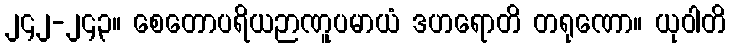
၂၄၂-၂၄၃။ စေတောပရိယဉာဏူပမာယံ ဒဟရောတိ တရုဏော။ ယုဝါတိ